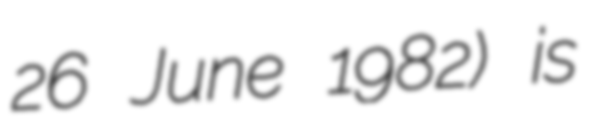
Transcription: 26 June 1982) is